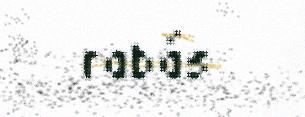
rabás